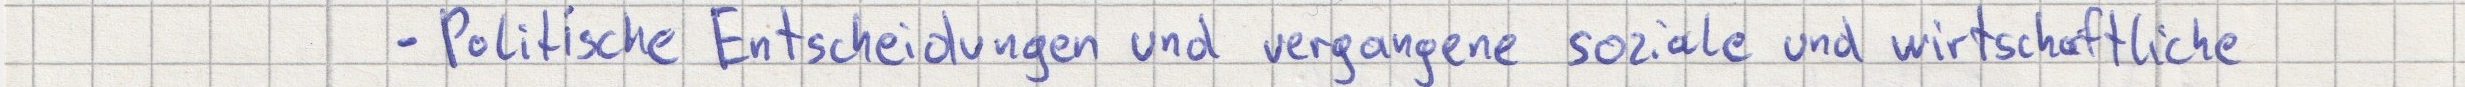
- Politische Entscheidungen und vergangene soziale und wirtschaftliche